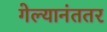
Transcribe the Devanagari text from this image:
गेल्यानंततर